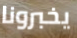
يخبرونا